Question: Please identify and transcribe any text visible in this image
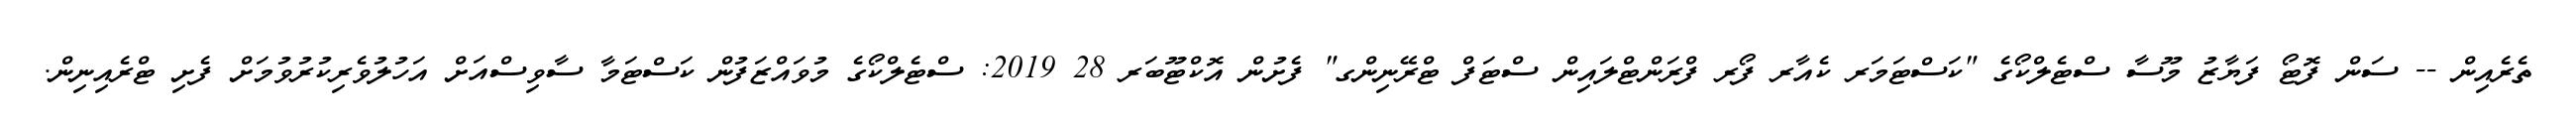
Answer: ތެރެއިން -- ސަން ފޮޓޯ ފަޔާޒު މޫސާ ސްޓެލްކޯގެ "ކަސްޓަމަރ ކެއާރ ފޯރ ފްރަންޓްލައިން ސްޓަފް ޓްރޭނިންގ" ފެށުން އޮކްޓޫބަރ 28 2019: ސްޓެލްކޯގެ މުވައްޒަފުން ކަސްޓަމާ ސާވިސްއަށް އަހުލުވެރިކުރުވުމަށް ފެށި ޓްރެއިނިން.